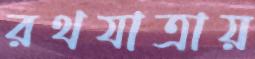
রথযাত্রায়